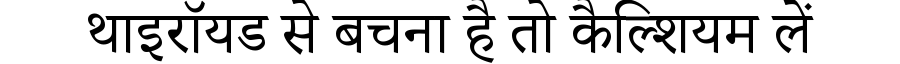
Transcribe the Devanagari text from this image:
थाइरॉयड से बचना है तो कैल्शियम लें